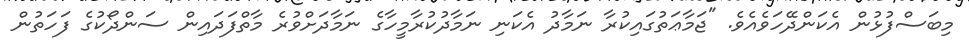
މިބަސްފުޅުން އެކަންދޭހަވެއެވެ. "ޖަމާޢަތުގައިކުރާ ނަމާދު އެކަނި ނަމާދުކުރާމީހާގެ ނަމާދަށްވުރެ މާތްފަދައިން ސަންދޯކުގެ ފަހަތުން